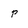
Character: p